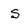
Character: s